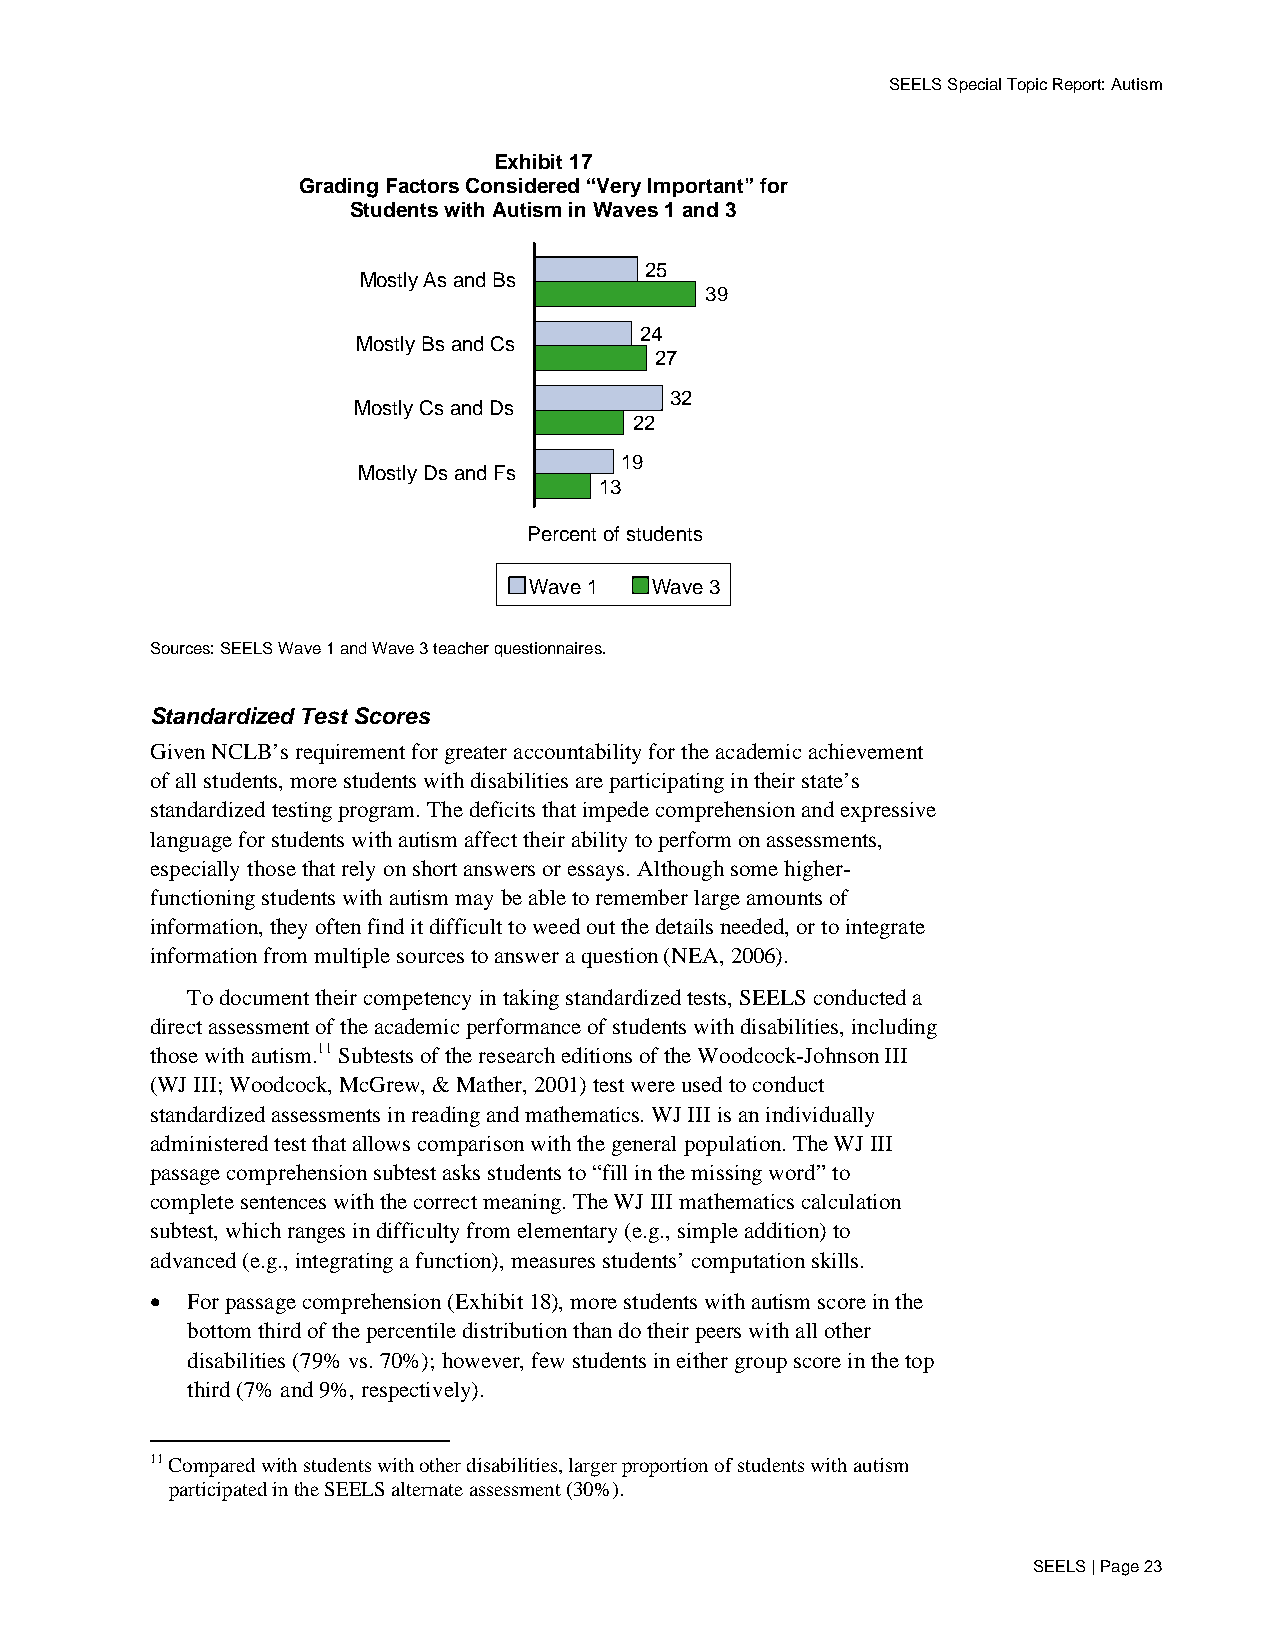
SEELS Special Topic Report: Autism
 Exhibit 17
 Grading Factors Considered “Very Important” for
 Students with Autism in Waves 1 and 3
 25
 MostlyAs and Bs
 39
 24
 Mostly Bs and Cs
 27
 32
 Mostly Cs and Ds
 22
 19
 Mostly Ds and Fs
 13
 Percent of students
 Wave 1  Wave 3
 Sources: SEELS Wave 1 and Wave 3 teacher questionnaires.
 Standardized Test Scores
 Given NCLB’s requirement for greater accountability for the academic achievement
 of all students, more students with disabilities are participating in their state’s
 standardized testing program. The deficits that impede comprehension and expressive
 language for students with autism affect their ability to perform on assessments,
 especially those that rely on short answers or essays. Although some higher-
 functioning students with autism may be able to remember large amounts of
 information, they often find it difficult to weed out the details needed, or to integrate
 information from multiple sources to answer a question (NEA, 2006).
 To document their competency in taking standardized tests, SEELS conducted a
 direct assessment of the academic performance of students with disabilities, including
 those with autism.11 Subtests of the research editions of the Woodcock-Johnson III
 (WJ III; Woodcock, McGrew, & Mather, 2001) test were used to conduct
 standardized assessments in reading and mathematics. WJ III is an individually
 administered test that allows comparison with the general population. The WJ III
 passage comprehension subtest asks students to “fill in the missing word” to
 complete sentences with the correct meaning. The WJ III mathematics calculation
 subtest, which ranges in difficulty from elementary (e.g., simple addition) to
 advanced (e.g., integrating a function), measures students’ computation skills.
 • For passage comprehension (Exhibit 18), more students with autism score in the
 bottom third of the percentile distribution than do their peers with all other
 disabilities (79% vs. 70%); however, few students in either group score in the top
 third (7% and 9%, respectively).
 11 Compared with students with other disabilities, larger proportion of students with autism
 participated in the SEELS alternate assessment (30%).
 SEELS | Page 23